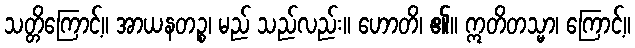
သတ္တိကြောင့်။ အာယနတဉ္စ၊ မည် သည်လည်း။ ဟောတိ၊ ၏။ ဣတိတသ္မာ၊ ကြောင့်။